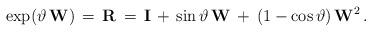
LaTeX: \begin{align*}\exp(\vartheta\,\mathbf W)\,=\,\mathbf R\,=\,\mathbf I\,+\,\sin\vartheta \,\mathbf W\,+\,(1-\cos\vartheta)\,\mathbf W^{2}\,.\end{align*}